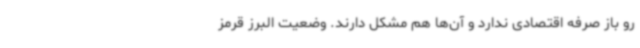
رو باز صرفه اقتصادی ندارد و آن‌ها هم مشکل دارند. وضعیت البرز قرمز